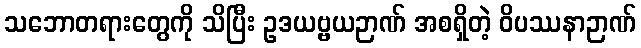
သဘောတရားတွေကို သိပြီး ဥဒယဗ္ဗယဉာဏ် အစရှိတဲ့ ဝိပဿနာဉာဏ်